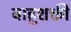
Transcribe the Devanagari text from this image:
बाहूशक्ती